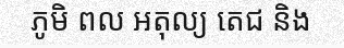
ភូមិ ពល អតុល្យ តេជ និង